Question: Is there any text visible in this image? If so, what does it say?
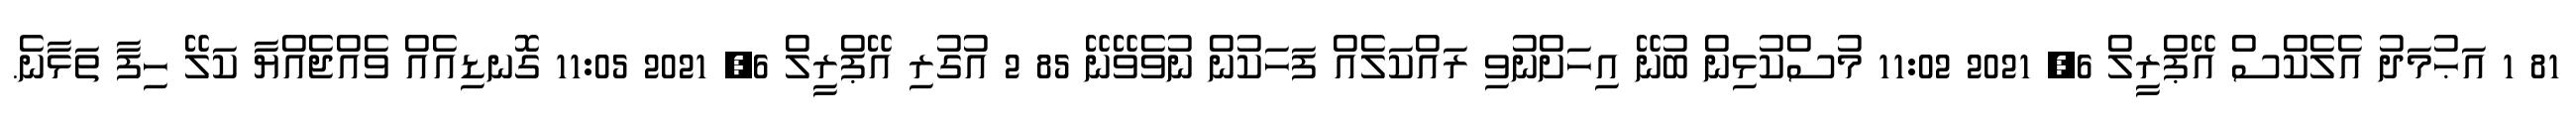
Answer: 81 1 އަޙުމަދު އެލެކްސް އޭޕްރީލް 6, 2021 11:02 މުސްކުޅިން ބުނޭ އިހަށްނުވި ރައްކަލެއް ފަހަކުން ނުވެވޭނޭ 85 2 އުގުރި އޭޕްރީލް 6, 2021 11:05 ގޮނޑިއެއް ވެއްޖެއްޔާ ކަލޭ ހިފާ ތަޅާނެ.